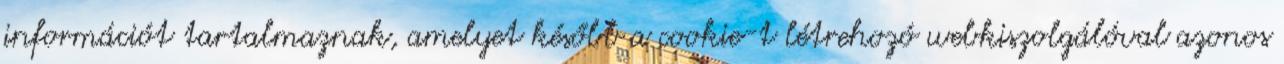
információt tartalmaznak, amelyet később a cookie-t létrehozó webkiszolgálóval azonos